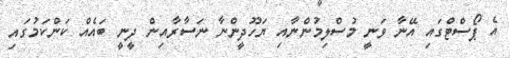
އެ ޕޯސްޓްގައި އޭނާ ވަނީ މުސްލިމުންނާއި ޔަހޫދީންނާ ނަސާރާއިން ދީނީ ބައެއް ކަންކަމުގައި